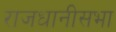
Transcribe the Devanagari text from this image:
राजधानीसभा